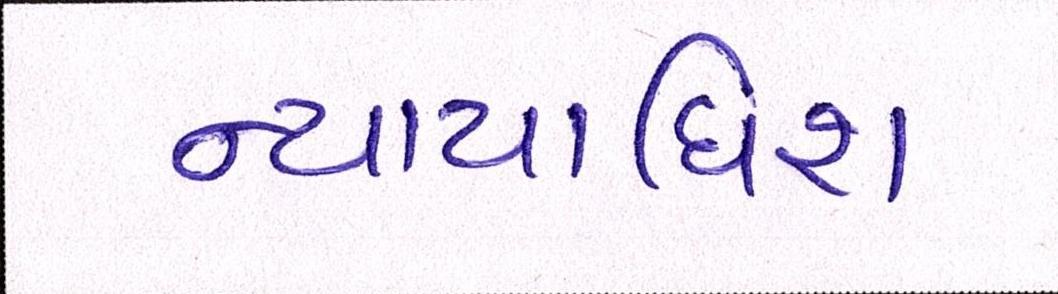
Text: ન્યાયાધિશ